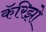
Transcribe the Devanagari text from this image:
कॅरिझो